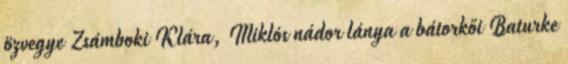
özvegye Zsámboki Klára, Miklós nádor lánya a bátorkői Baturke